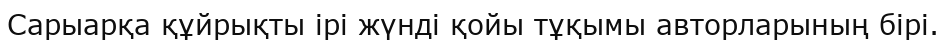
Сарыарқа құйрықты ірі жүнді қойы тұқымы авторларының бірі.